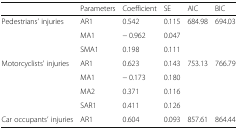
<table><thead><tr><td></td><td><b>Parameters</b></td><td><b>Coefficient</b></td><td><b>SE</b></td><td><b>AIC</b></td><td><b>BIC</b></td></tr></thead><tbody><tr><td rowspan="3">Pedestrians’ injuries</td><td>AR1</td><td>0.542</td><td>0.115</td><td>684.98</td><td>694.03</td></tr><tr><td>MA1</td><td>− 0.962</td><td>0.047</td><td></td><td></td></tr><tr><td>SMA1</td><td>0.198</td><td>0.111</td><td></td><td></td></tr><tr><td rowspan="4">Motorcyclists’ injuries</td><td>AR1</td><td>0.623</td><td>0.143</td><td>753.13</td><td>766.79</td></tr><tr><td>MA1</td><td>− 0.173</td><td>0.180</td><td></td><td></td></tr><tr><td>MA2</td><td>0.371</td><td>0.116</td><td></td><td></td></tr><tr><td>SAR1</td><td>0.411</td><td>0.126</td><td></td><td></td></tr><tr><td>Car occupants’ injuries</td><td>AR1</td><td>0.604</td><td>0.093</td><td>857.61</td><td>864.44</td></tr></tbody></table>